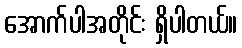
အောက်ပါအတိုင်း ရှိပါတယ်။